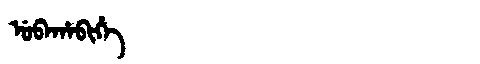
Manchu: ᡠᠪᠠᡥᠠᠪᡳᡥᡝ
Romanization: UBAHABIHE